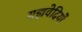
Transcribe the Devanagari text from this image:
यज्ञवेदियों